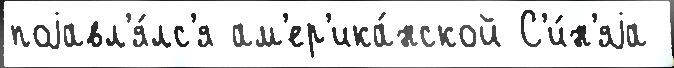
поjавл'я́лс'я ам'ер'ика́нской С'и́н'яjа